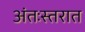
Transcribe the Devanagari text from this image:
अंतःस्तरात